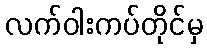
လက်ဝါးကပ်တိုင်မှ